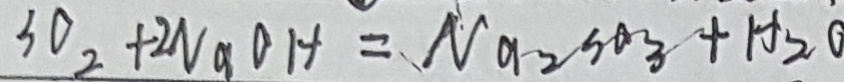
S 0 _ { 2 } + 2 N a O H = N a _ { 2 } S O _ { 3 } + H _ { 2 } O